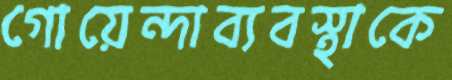
গোয়েন্দাব্যবস্থাকে